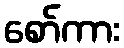
စော်ကား